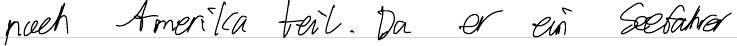
nach Amerika teil. Da er ein Seefahrer